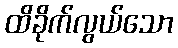
ထိခိုက်လွယ်သော